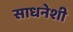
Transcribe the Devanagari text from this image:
साधनेशी